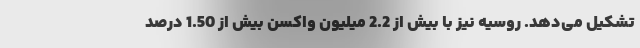
تشکیل می‌دهد. روسیه نیز با بیش از 2.2 میلیون واکسن بیش از 1.50 درصد